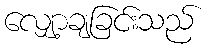
လျှော့ချခြင်းသည်